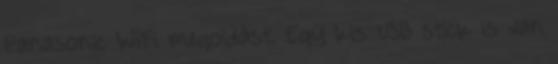
Panasonic WiFi megoldást. Egy kis USB stick is van